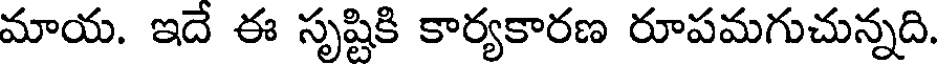
మాయ. ఇదే ఈ సృష్టికి కార్యకారణ రూపమగుచున్నది.